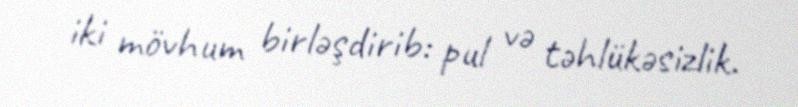
iki mövhum birləşdirib: pul və təhlükəsizlik.